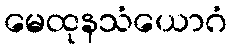
မေထုနသံယောဂံ